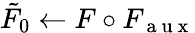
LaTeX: \tilde{F}_{0}\gets F\circ F_{\mathrm{~a~u~x~}}